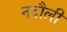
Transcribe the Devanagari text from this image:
नदौली